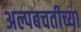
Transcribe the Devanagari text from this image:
अल्पबचतीच्या